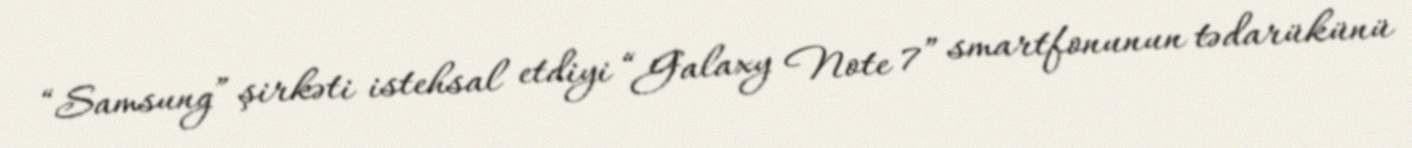
“Samsung” şirkəti istehsal etdiyi “Galaxy Note 7” smartfonunun tədarükünü